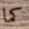
كما